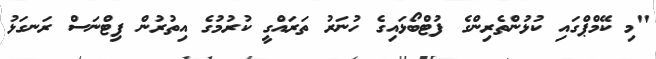
"މި ކޭމްޕްގައި ކުޅުންތެރިންގެ ފުޓްބޯޅައިގެ ހުނަރު ތަރައްގީ ކުރުމުގެ އިތުރުން ފިޓްނަސް ރަނގަޅު